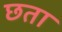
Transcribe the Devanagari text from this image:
छता